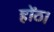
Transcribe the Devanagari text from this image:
होंठ।